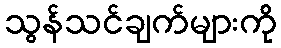
သွန်သင်ချက်များကို